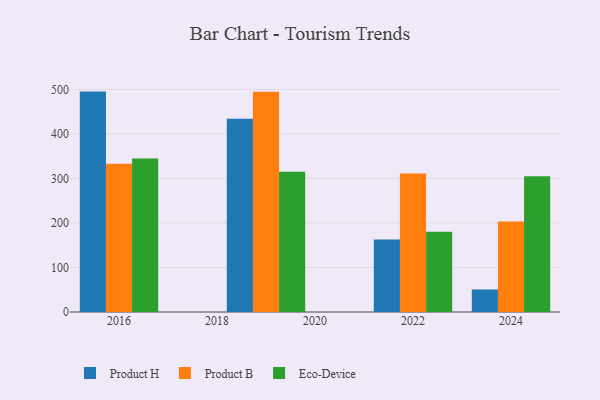
{"axis": {"x": "Year", "y": "Latency (ms)"}, "legend": ["Eco-Device", "Product B", "Product H"], "data": [{"x": "2024", "y": 50.6, "type": "Product H"}, {"x": "2024", "y": 203.1, "type": "Product B"}, {"x": "2024", "y": 305.3, "type": "Eco-Device"}, {"x": "2019", "y": 434.1, "type": "Product H"}, {"x": "2019", "y": 494.7, "type": "Product B"}, {"x": "2019", "y": 315.1, "type": "Eco-Device"}, {"x": "2016", "y": 495.3, "type": "Product H"}, {"x": "2016", "y": 333.3, "type": "Product B"}, {"x": "2016", "y": 344.7, "type": "Eco-Device"}, {"x": "2022", "y": 162.9, "type": "Product H"}, {"x": "2022", "y": 311.3, "type": "Product B"}, {"x": "2022", "y": 180.1, "type": "Eco-Device"}]}